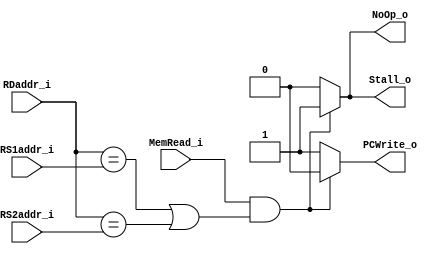
module Hazard_Detection
(
    MemRead_i,
    RDaddr_i,
    RS1addr_i,
    RS2addr_i,
    PCWrite_o,
    Stall_o,
    NoOp_o
);

input   MemRead_i;
input   [4:0]   RDaddr_i;
input   [4:0]   RS1addr_i;
input   [4:0]   RS2addr_i;
output  PCWrite_o;
output  Stall_o;
output  NoOp_o;

reg     PCWrite_o;
reg     Stall_o;
reg     NoOp_o;


always@(MemRead_i or RDaddr_i or RS1addr_i or RS2addr_i)begin
    PCWrite_o = 1'b1;
    Stall_o = 1'b0;
    NoOp_o = 1'b0;
    if(MemRead_i && ((RDaddr_i == RS1addr_i) || (RDaddr_i == RS2addr_i)))begin
        PCWrite_o = 1'b0;
        Stall_o = 1'b1;
        NoOp_o = 1'b1;
    end
end

endmodule